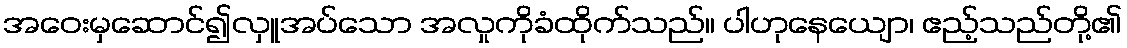
အဝေးမှဆောင်၍လှူအပ်သော အလှုကိုခံထိုက်သည်။ ပါဟုနေယျော၊ ဧည့်သည်တို့၏